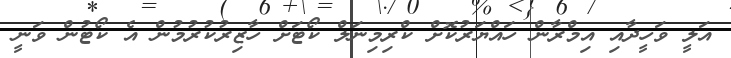
އަލީ ވަހީދާއި އިމްރާން ހައްޔަރުކޮށް ކްރިމިނަލް ކޯޓަށް ހާޒިރުކުރުމުން އެ ކޯޓުން ވަނީ